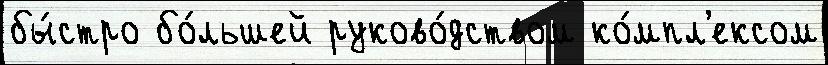
бы́стро бо́льшей руково́дством ко́мпл'ексом